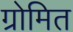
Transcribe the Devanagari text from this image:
ग्रोमित